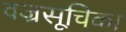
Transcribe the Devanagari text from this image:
वज्रसूचिका